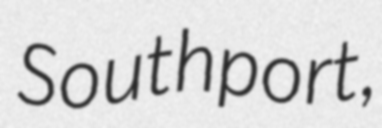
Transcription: Southport,